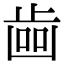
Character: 𣥼